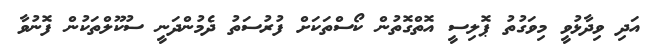
އަދި ވިދާޅުވީ މިވަގުތު ޕޮލިސީ އޮތްގޮތުން ކޯސްތަކަށް ފުރުސަތު ދެމުންދަނީ ސުކޫލްތަކުން ފޮނުވާ